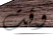
وقت